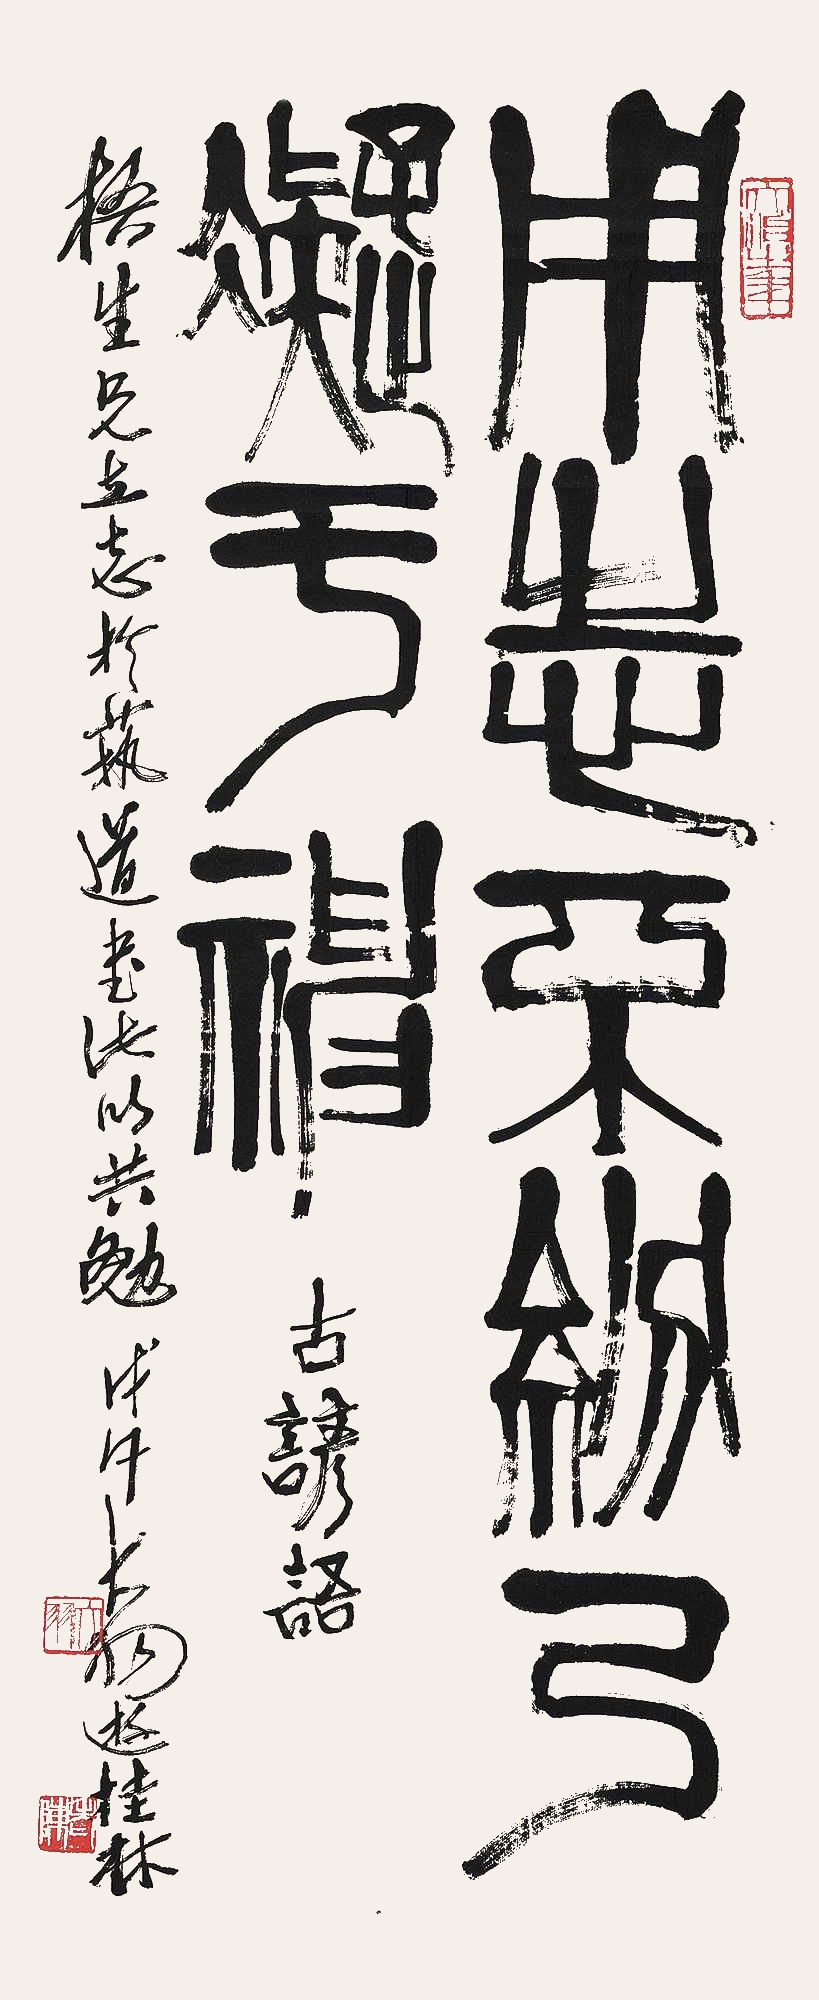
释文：用志不纷，乃凝于神。古谚语。梧生兄立志于艺道，书此以共勉。戊午，大羽游桂林。